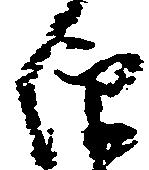
仰